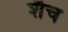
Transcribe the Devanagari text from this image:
शैच